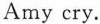
Amy cry.